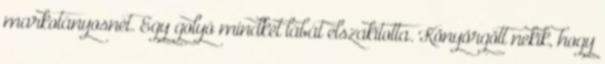
markotányosnét. Egy golyó mindkét lábát elszakította. Könyörgött nekik, hogy